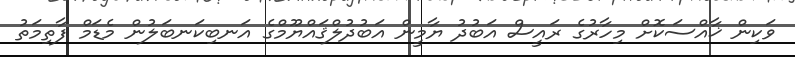
ވަކިން ޚާއްސަކޮށް މިހާރުގެ ރައީސް އަބުދު ޔާމީން އަބުދުލްޤައްޔޫމްގެ އަނބިކަނބަލުން މެޑަމް ފާތިމަތު